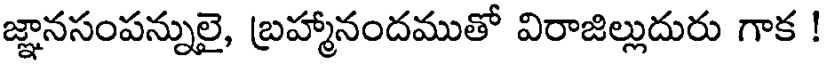
జ్ఞానసంపన్నులై, బ్రహ్మానందముతో విరాజిల్లుదురు గాక !